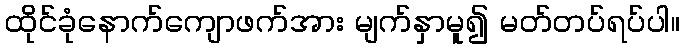
ထိုင်ခုံနောက်ကျောဖက်အား မျက်နှာမူ၍ မတ်တပ်ရပ်ပါ။